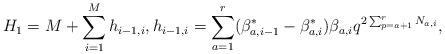
LaTeX: \begin{align*}H_{1}=M+\sum_{i=1}^{M}h_{i-1, i}, h_{i-1, i}=\sum_{a=1}^{r}(\beta_{a, i-1}^{*}-\beta_{a, i}^{*})\beta_{a, i}q^{2\sum_{p=a+1}^{r}N_{a, i}}, \end{align*}